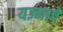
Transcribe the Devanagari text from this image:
यज्नाचे